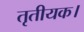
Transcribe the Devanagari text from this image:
तृतीयक।